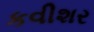
કવીશર